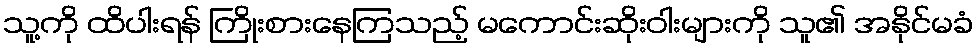
သူ့ကို ထိပါးရန် ကြိုးစားနေကြသည့် မကောင်းဆိုးဝါးများကို သူ၏ အနိုင်မခံ